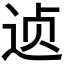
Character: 𲅗